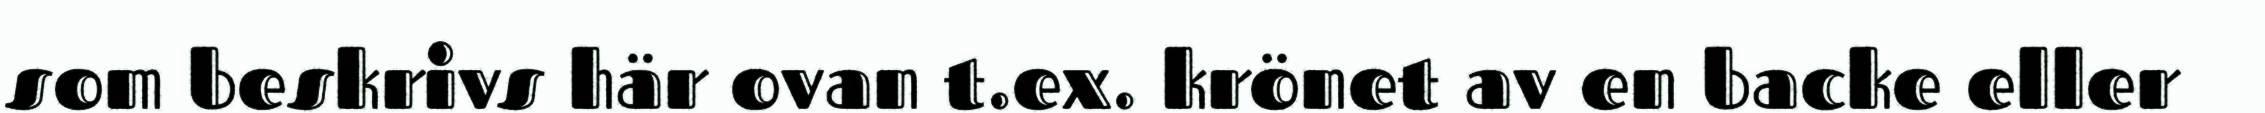
som beskrivs här ovan t.ex. krönet av en backe eller